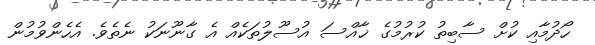
ހޯދުމާއި ކުށް ސާބިތު ކުރުމުގެ ޚާއްސަ އުސޫލުތަކެއް އެ ގާނޫނަކު ނެތެވެ. އެހެންވުމުން